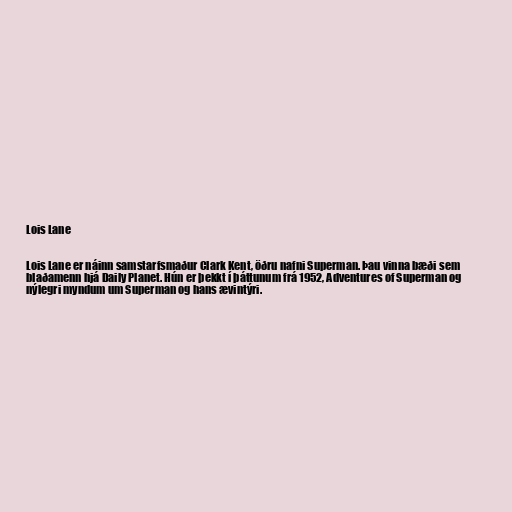
Lois Lane

Lois Lane er náinn samstarfsmaður Clark Kent, öðru nafni Superman. Þau vinna bæði sem
blaðamenn hjá Daily Planet. Hún er þekkt í þáttunum frá 1952, Adventures of Superman og
nýlegri myndum um Superman og hans ævintýri.